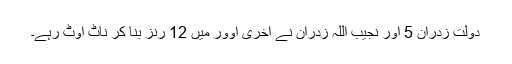
دولت زدران 5 اور نجیب اللہ زدران نے آخری اوور میں 12 رنز بنا کر ناٹ آؤٹ رہے۔